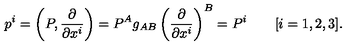
p ^ { i } = \left( P , { \frac { \partial } { \partial x ^ { i } } } \right) = P ^ { A } g _ { A B } \left( { \frac { \partial } { \partial x ^ { i } } } \right) ^ { B } = P ^ { i } \qquad [ i = 1 , 2 , 3 ] .